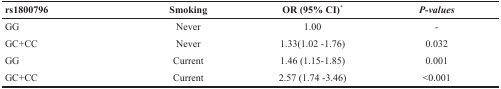
<table><thead><tr><td><b>rs1800796</b></td><td><b>Smoking</b></td><td><b>OR (95% CI)<sup>*</sup></b></td><td><b><i>P-values</i></b></td></tr></thead><tbody><tr><td>GG</td><td>Never</td><td>1.00</td><td>-</td></tr><tr><td>GC+CC</td><td>Never</td><td>1.33(1.02 -1.76)</td><td>0.032</td></tr><tr><td>GG</td><td>Current</td><td>1.46 (1.15-1.85)</td><td>0.001</td></tr><tr><td>GC+CC</td><td>Current</td><td>2.57 (1.74 -3.46)</td><td>&lt;0.001</td></tr></tbody></table>